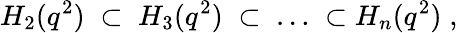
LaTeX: H_{2}(q^{2})\; \subset\; H_{3}(q^{2})\; \subset\; \ldots\; \subset H_{n}(q^{2})\; ,